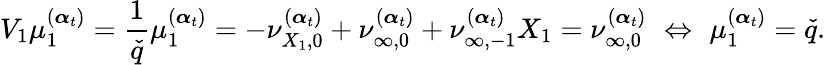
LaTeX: V_{1}\mu_{1}^{(\boldsymbol{\alpha}_{t})}=\frac{1}{\check{q}}\mu_{1}^{(\boldsymbol{\alpha}_{t})}=-\nu_{{X_{1}},0}^{(\boldsymbol{\alpha}_{t})}+\nu_{\infty,0}^{(\boldsymbol{\alpha}_{t})}+\nu_{\infty,-1}^{(\boldsymbol{\alpha}_{t})}X_{1}=\nu_{\infty,0}^{(\boldsymbol{\alpha}_{t})}\, \, \Leftrightarrow\, \, \mu_{1}^{(\boldsymbol{\alpha}_{t})}=\check{q}.